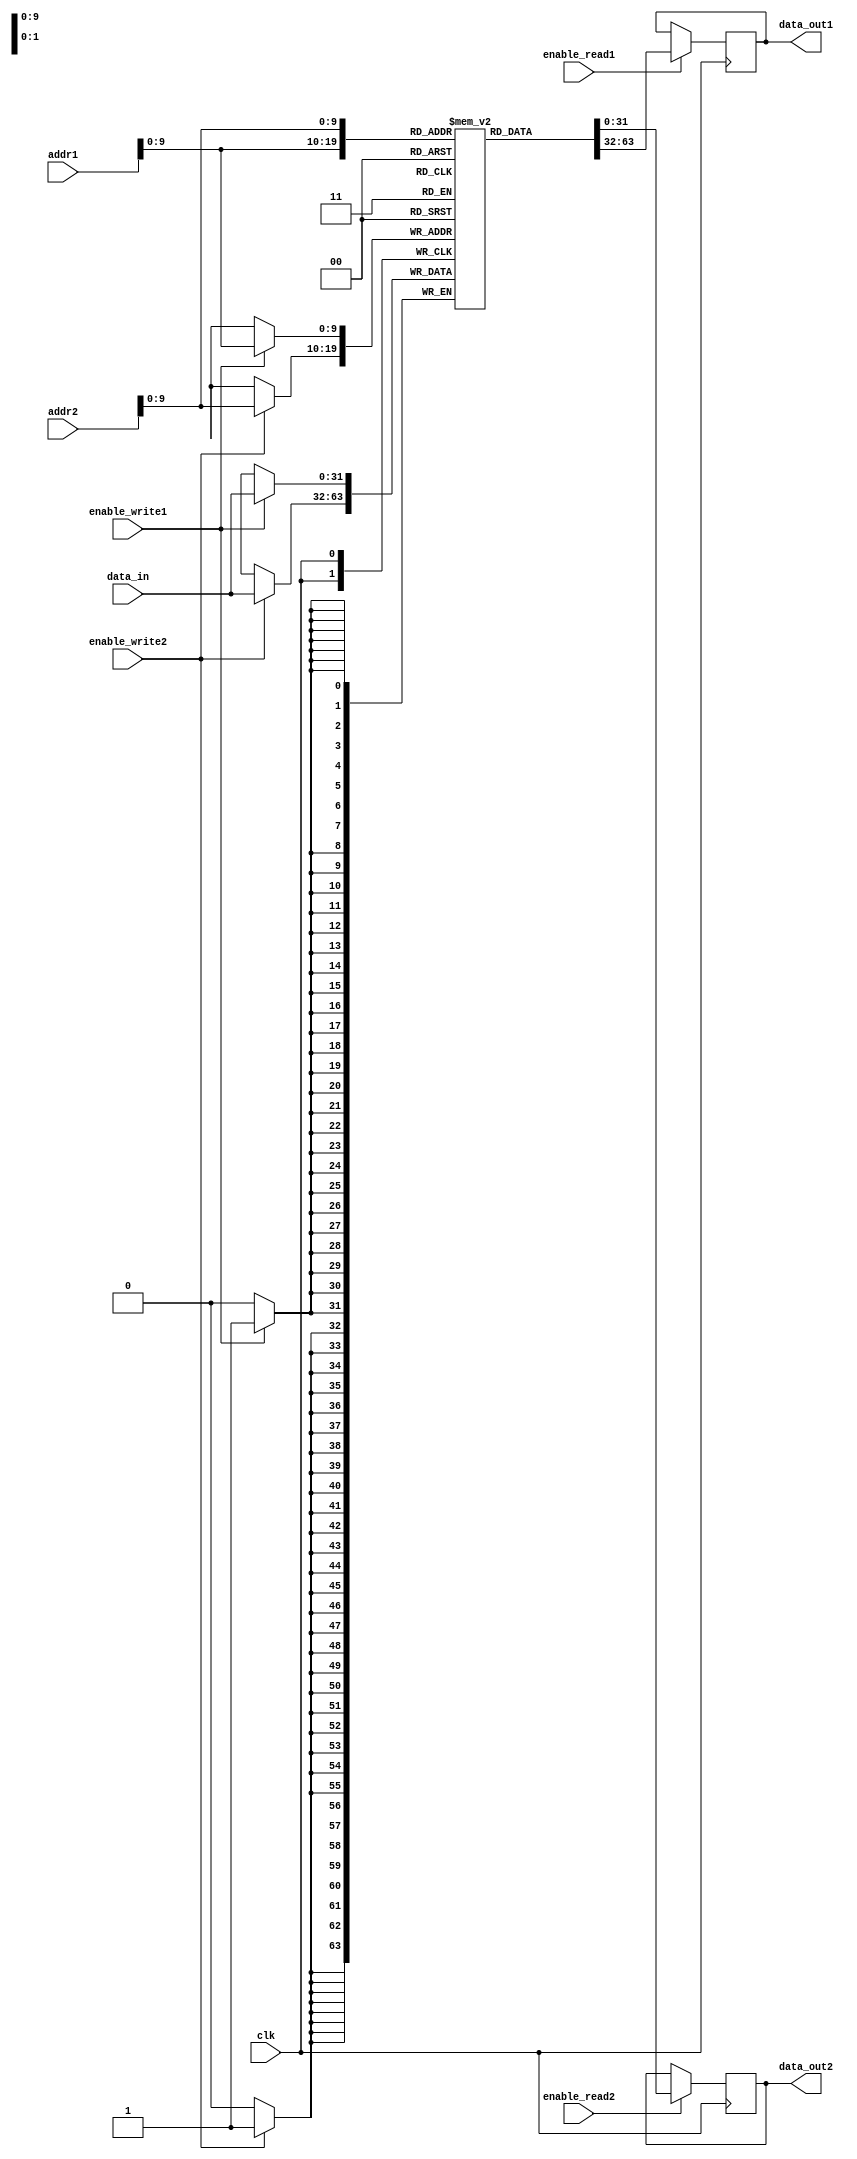
module dual_port_ram (
    input wire clk,
    input wire [31:0] addr1,
    input wire [31:0] addr2,
    input wire [31:0] data_in,
    input wire enable_write1,
    input wire enable_write2,
    input wire enable_read1,
    input wire enable_read2,
    output reg [31:0] data_out1,
    output reg [31:0] data_out2
);

reg [31:0] mem [0:1023];

always @(posedge clk) begin
    if(enable_write1) begin
        mem[addr1] <= data_in;
    end
    if(enable_write2) begin
        mem[addr2] <= data_in;
    end
    if(enable_read1) begin
        data_out1 <= mem[addr1];
    end
    if(enable_read2) begin
        data_out2 <= mem[addr2];
    end
end

endmodule